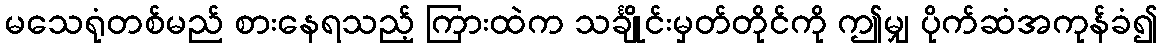
မသေရုံတစ်မည် စားနေရသည့် ကြားထဲက သင်္ချိုင်းမှတ်တိုင်ကို ဤမျှ ပိုက်ဆံအကုန်ခံ၍